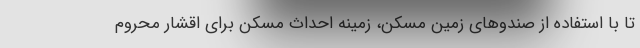
تا با استفاده از صندوهای زمین مسکن، زمینه احداث مسکن برای اقشار محروم